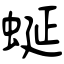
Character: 蜒